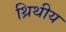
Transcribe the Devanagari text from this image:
थ्रिथीय